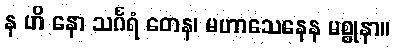
န ဟိ နော သင်္ဂရံ တေန၊ မဟာသေနေန မစ္စုနာ။